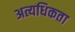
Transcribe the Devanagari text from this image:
अत्यधिकता